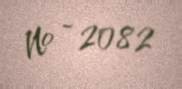
№ - 2082